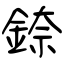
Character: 錼